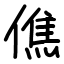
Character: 僬